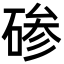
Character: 碜